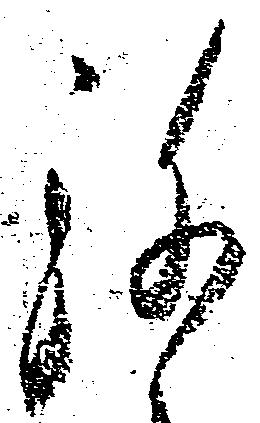
弥